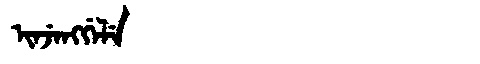
Manchu: ᡳᠨᠵᡝᠩᡤᡝᠯᡝ
Romanization: INJENGGELE